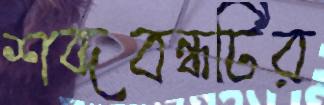
শব্দবন্ধটির